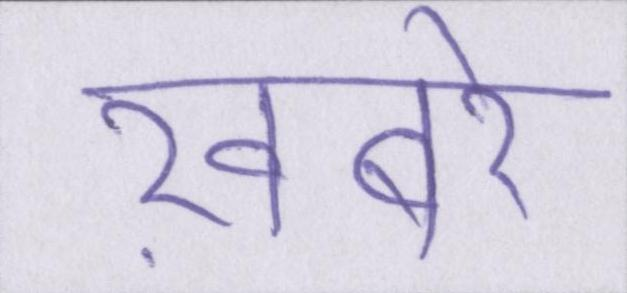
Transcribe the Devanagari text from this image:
ख़बरें